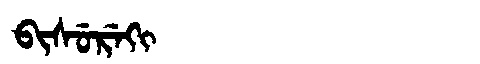
Manchu: ᠪᡳᠰᡠᡵᡝᡴᡳ
Romanization: BISUREKI